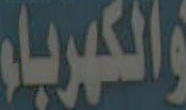
والكهرباء